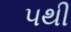
૫થી